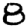
Digit: 8